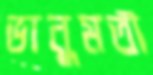
ভানুমতী